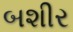
બશીર